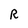
Character: R